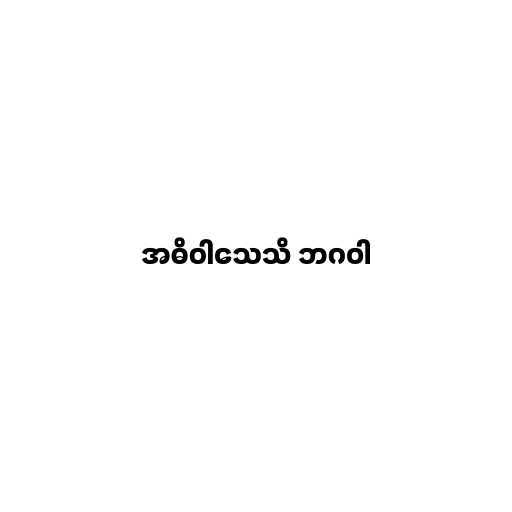
အဓိဝါသေသိ ဘဂဝါ